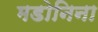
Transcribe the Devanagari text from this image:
मडोनिना